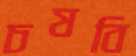
চষবি